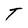
Character: T